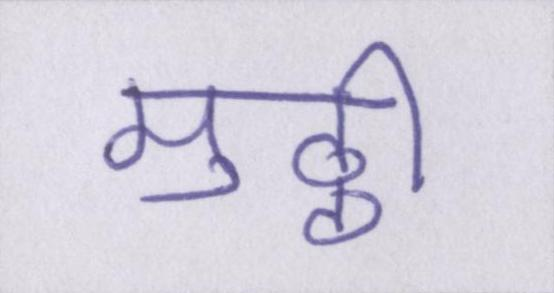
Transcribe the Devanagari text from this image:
मुठ्ठी